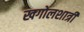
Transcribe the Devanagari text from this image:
खगोलशात्री